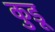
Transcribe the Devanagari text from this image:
कुडू